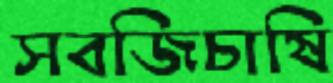
সবজিচাষি